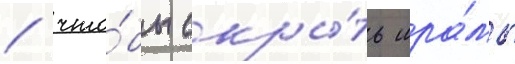
/ что́бы скры́ть шра́мы